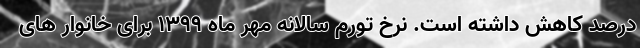
درصد کاهش داشته است. نرخ تورم سالانه مهر ماه 1399 برای خانوار های